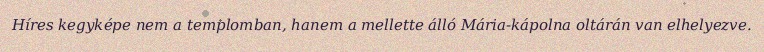
Híres kegyképe nem a templomban, hanem a mellette álló Mária-kápolna oltárán van elhelyezve.